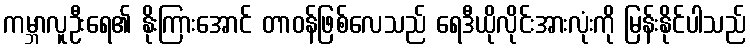
ကမ္ဘာလူဦးရေ၏ နိုးကြားအောင် တာဝန်ဖြစ်လေသည် ရေဒီယိုလိုင်းအားလုံးကို မြန်းနိုင်ပါသည်